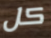
كل